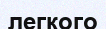
легкого